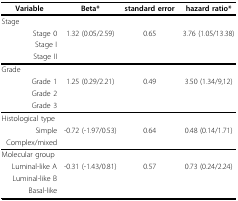
<table><thead><tr><td><b>Variable</b></td><td><b>Beta*</b></td><td><b>standard error</b></td><td><b>hazard ratio*</b></td></tr></thead><tbody><tr><td>Stage</td><td>[EMPTY_CELL]</td><td>[EMPTY_CELL]</td><td>[EMPTY_CELL]</td></tr><tr><td>Stage 0</td><td>1.32(0.05/2.59)</td><td>0.65</td><td>3.76(1.05/13.38)</td></tr><tr><td>Stage I</td><td>[EMPTY_CELL]</td><td>[EMPTY_CELL]</td><td>[EMPTY_CELL]</td></tr><tr><td>Stage II</td><td>[EMPTY_CELL]</td><td>[EMPTY_CELL]</td><td>[EMPTY_CELL]</td></tr><tr><td>Grade</td><td>[EMPTY_CELL]</td><td>[EMPTY_CELL]</td><td>[EMPTY_CELL]</td></tr><tr><td>Grade 1</td><td>1.25(0.29/2.21)</td><td>0.49</td><td>3.50(1.34/9,12)</td></tr><tr><td>Grade 2</td><td>[EMPTY_CELL]</td><td>[EMPTY_CELL]</td><td>[EMPTY_CELL]</td></tr><tr><td>Grade 3</td><td>[EMPTY_CELL]</td><td>[EMPTY_CELL]</td><td>[EMPTY_CELL]</td></tr><tr><td>Histological type</td><td>[EMPTY_CELL]</td><td>[EMPTY_CELL]</td><td>[EMPTY_CELL]</td></tr><tr><td>Simple</td><td>-0.72(-1.97/0.53)</td><td>0.64</td><td>0.48(0.14/1.71)</td></tr><tr><td>Complex/mixed</td><td>[EMPTY_CELL]</td><td>[EMPTY_CELL]</td><td>[EMPTY_CELL]</td></tr><tr><td>Molecular group</td><td>[EMPTY_CELL]</td><td>[EMPTY_CELL]</td><td>[EMPTY_CELL]</td></tr><tr><td>Luminal-like A</td><td>-0.31(-1.43/0.81)</td><td>0.57</td><td>0.73(0.24/2.24)</td></tr><tr><td>Luminal-like B</td><td>[EMPTY_CELL]</td><td>[EMPTY_CELL]</td><td>[EMPTY_CELL]</td></tr><tr><td>Basal-like</td><td>[EMPTY_CELL]</td><td>[EMPTY_CELL]</td><td>[EMPTY_CELL]</td></tr></tbody></table>